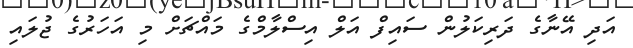
އަދި އޭނާގެ ދަރިކަލުން ސައިފް އަލް އިސްލާމްގެ މައްޗަށް މި އަހަރުގެ ޖުލައި